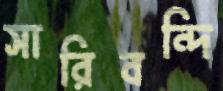
সারিবন্দি